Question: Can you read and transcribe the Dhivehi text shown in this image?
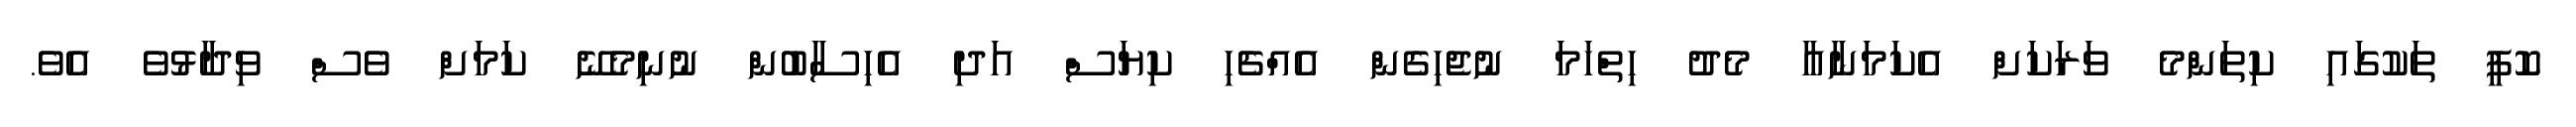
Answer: ކޮފީ ތަކުގައި ކިތަންމެ ވަރަކަށް އެކަމަނާއާ މެދު ހިތްހަމަ ނުޖެހިގެން އެއްޗެހި ކިޔަސް އަދި އެހިސާބުން ނުނިމެނޭ ކަމަށް ވެސް ވިދާޅުވެ އެވެ.